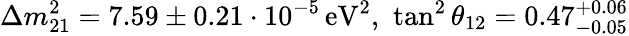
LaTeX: \Delta m_{21}^{2}=7.59\pm 0.21\cdot 10^{-5}\, {\mathrm{eV}}^{2},\, \, \tan^{2}\theta_{12}=0.47_{-0.05}^{+0.06}